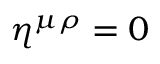
\eta ^ { \mu \rho } = 0